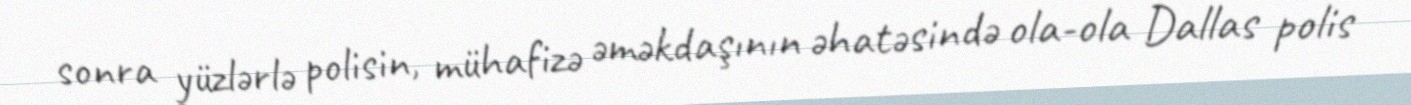
sonra yüzlərlə polisin, mühafizə əməkdaşının əhatəsində ola-ola Dallas polis